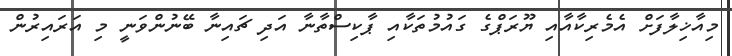
މިއާޚިލާފަށް އެމެރިކާއާއި ޔޫރަޕްގެ ގައުމުތަކާއި ޕާކިސްތާނާ އަދި ޗައިނާ ބޭނުންވަނީ މި އަރައިރުން